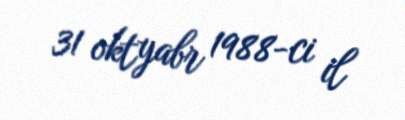
31 oktyabr 1988-ci il